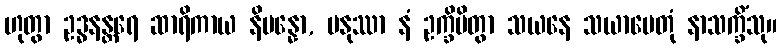
ဟုတွာ ဥဒ္ဓနန္တရေ ဆာရိကာယ နိပန္နော, မနုဿာ နံ ဥက္ခိပိတွာ သယနေ သယာပေတုံ နာသက္ခိံသု။